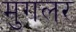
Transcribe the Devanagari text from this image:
मुगलर